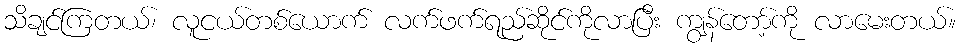
သိချင်ကြတယ်၊ လူငယ်တစ်ယောက် လက်ဖက်ရည်ဆိုင်ကိုလာပြီး ကျွန်တော့်ကို လာမေးတယ်။